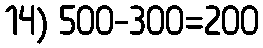
14) 500-300=200